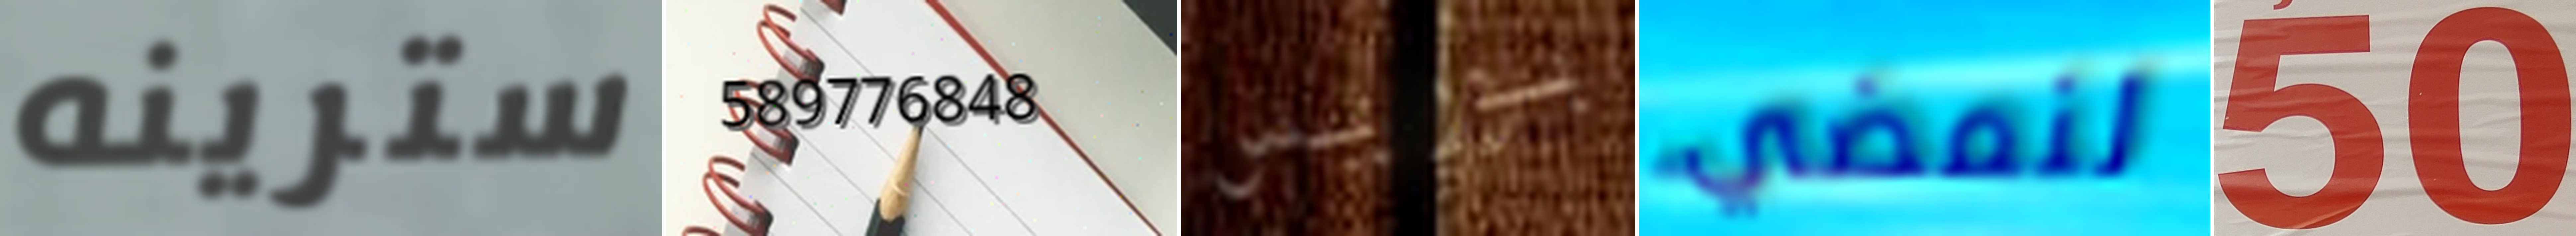
سترينه 589776848 بوريس لنمضي 50